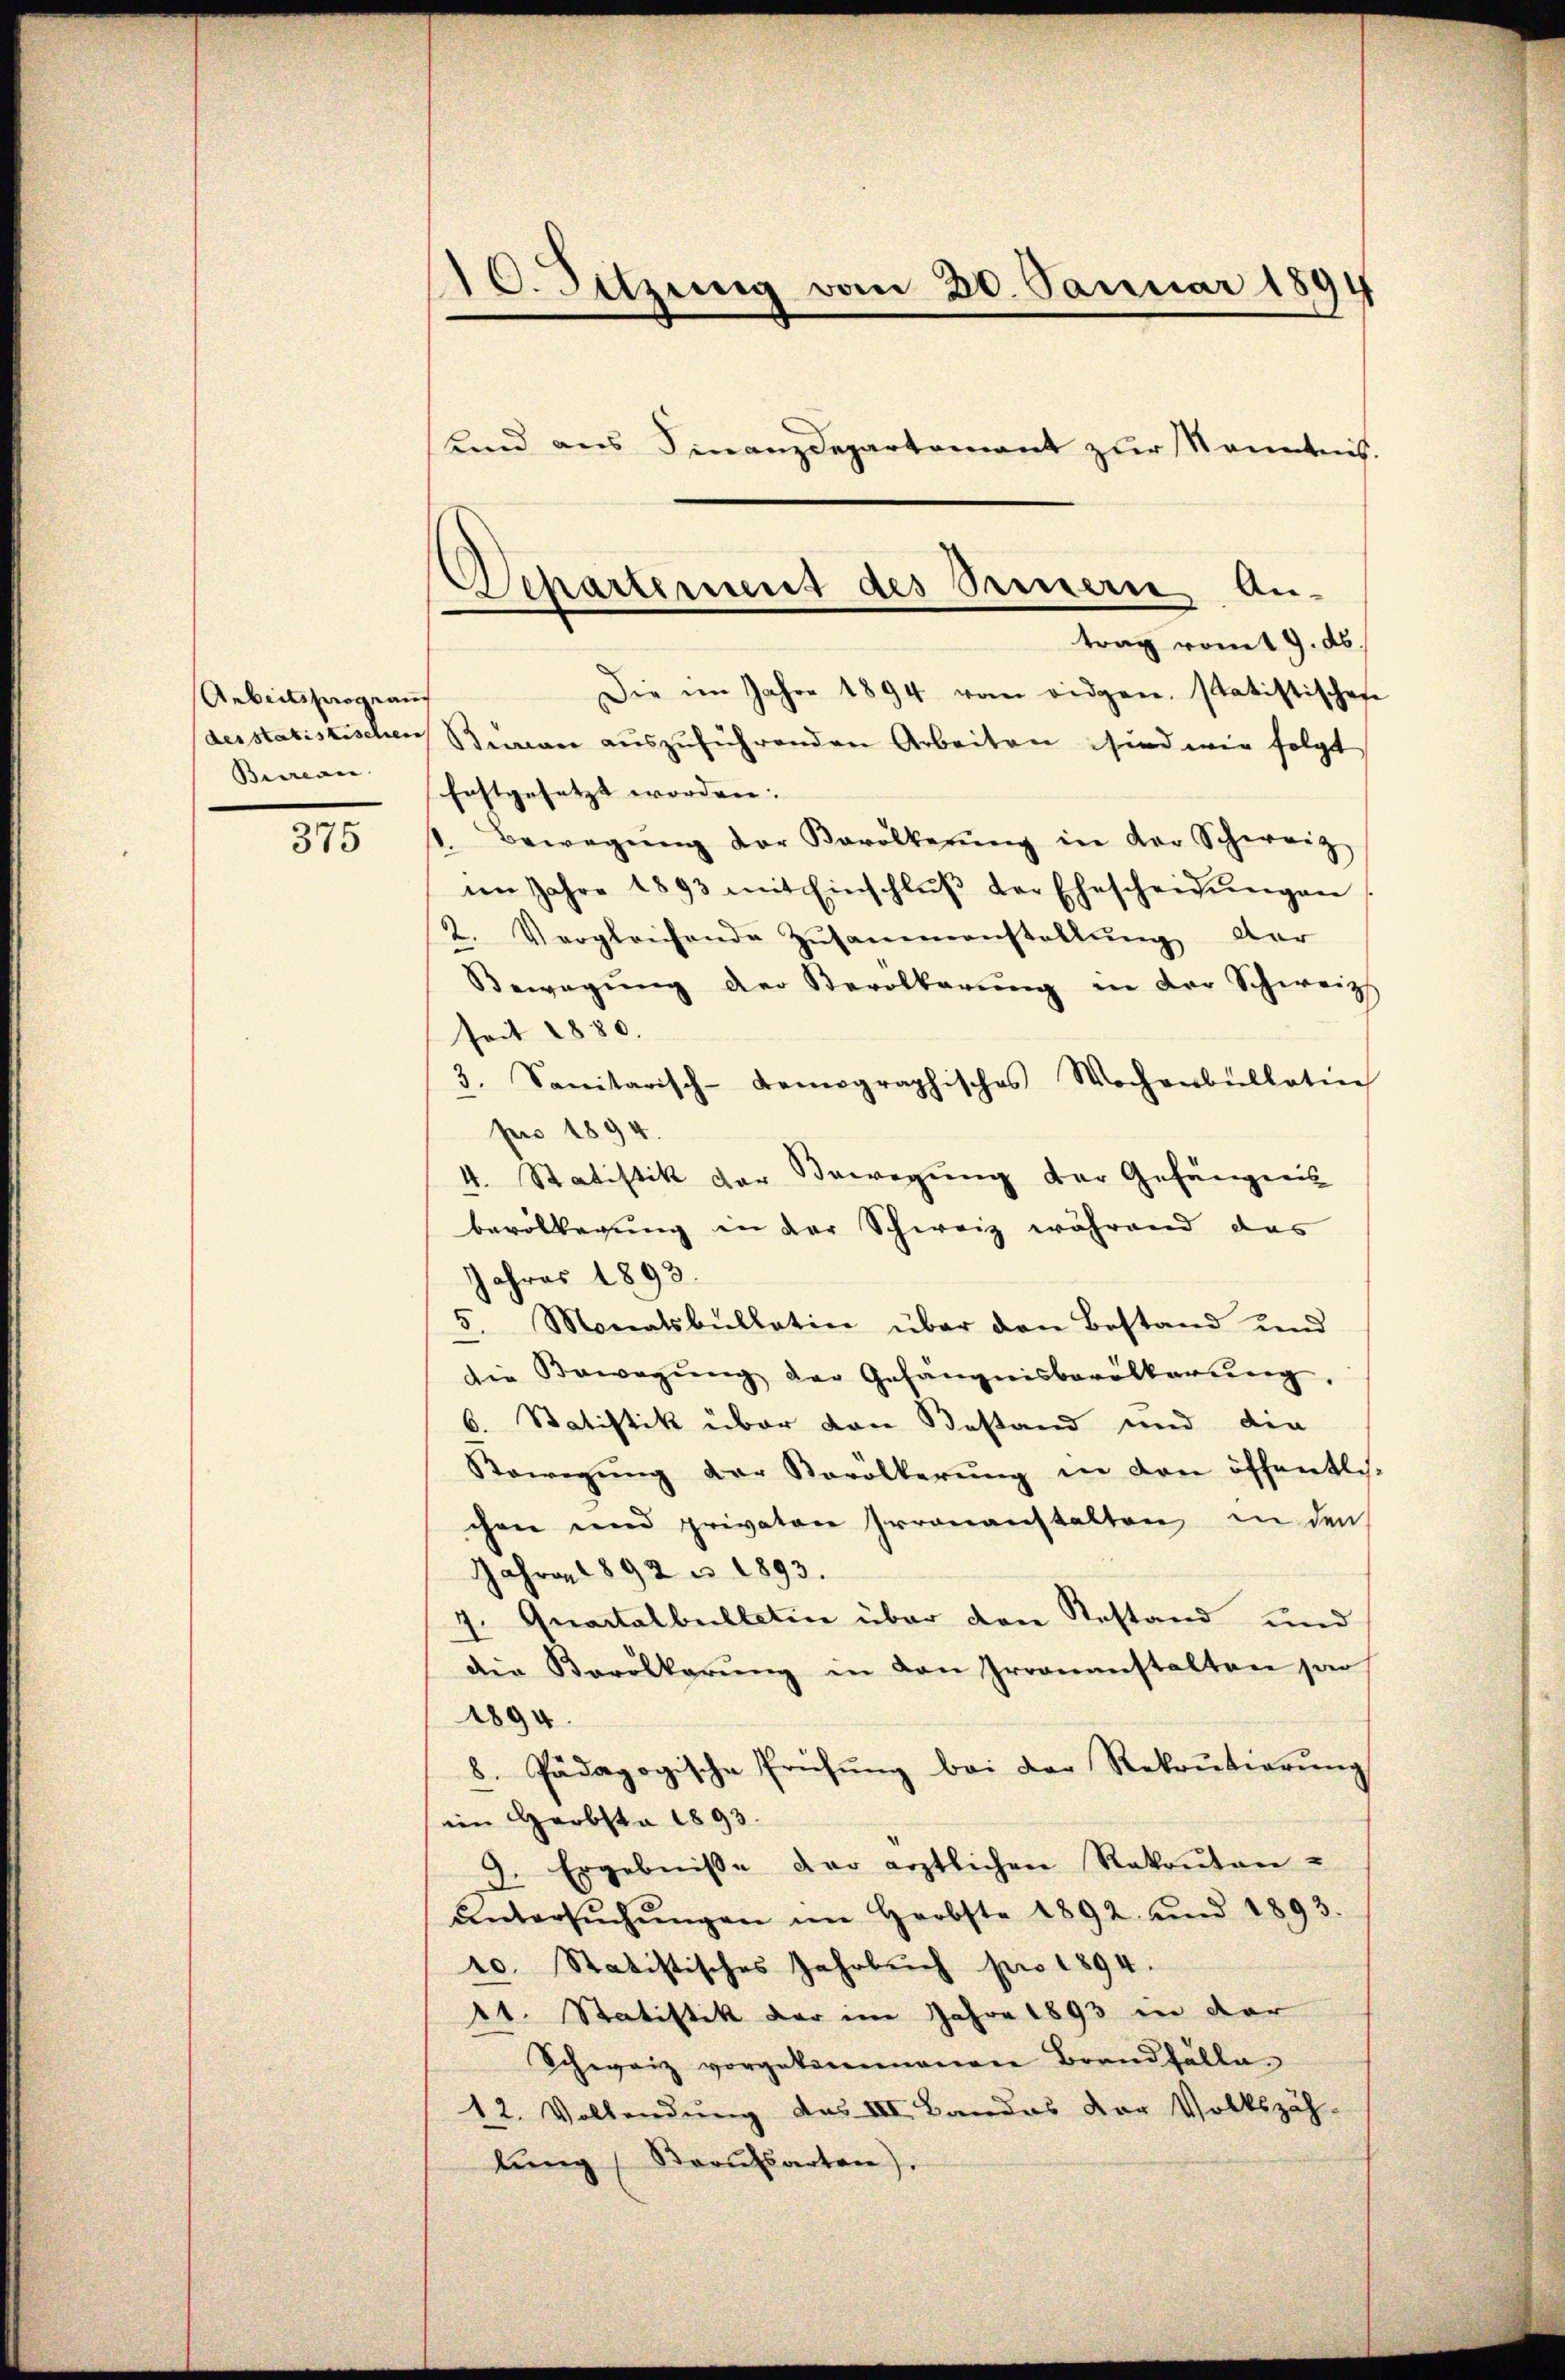
Arbeitsprogram
des statistischen
Bureau.

375

10. Sitzung vom 20. Januar 1894
und aus Finanzdepartement zur Kenntnis.

Departement des Seinern An-
trag vom 9. ds.

Die im Jahre 1894 vom eidgen. statistischehe
Baran auszuführenden Arbeiten sind wie folgt
Erstgesetzt worden:
1. Bewegŭng der Karolkerŭng in der Schweiz
im Jahre 1893 mit Einschlŭβ der Ehescheidŭngen
2. Vergleichende Zŭsammenstellŭng dar
Bewegŭng der Verolbarŭng in der Schweiz
seit 1880.
3. Sanitarisch-demographisches Wochenbŭllatin
pro 1894.
4. Statistik der Bewegung der Gefängnis
bevollegung in der Schweiz während das
Jahres 1893.
. Monatsbullatin über den Bestand und
die Bewegŭng der Gefängnisbevölkerŭng.
6. Statistik über den Bestand und die
Bewegung der Vorölkerŭng in den öffentlich-
chen und privater Irrenanstalten in den
Jahre 1892 u. 1893.
7. Quartalbulletin über den Restand und
die Barölkerung in den Irrenanstalten sa
1894.
8. Pädagogische Prüfŭng bei der Rekrutierŭng
im Herbst 1893.
d. Ergebniße der ärztlichen Rakoŭton-
untersŭchŭngen im Herbste 1892 und 1893.
10. Statistisches Jahrbuch pro 1894.
1t. Statistik der im Jahre 1893 in der
Schweiz vorgekommenen Brandfälle
12. Vollendung das III. Bandes der Volkszäh-
lŭng (Starŭfsarten).